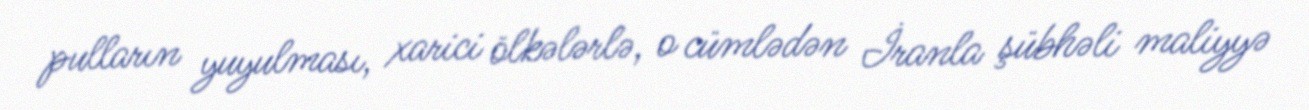
pulların yuyulması, xarici ölkələrlə, o cümlədən İranla şübhəli maliyyə